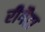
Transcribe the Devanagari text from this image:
रीगैटा